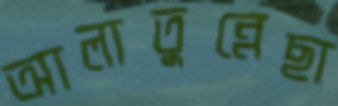
আলাতুন্নেছা